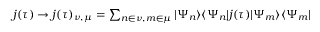
\begin{array} { r } { j ( \tau ) \rightarrow j ( \tau ) _ { \nu , \mu } = \sum _ { n \in \nu , m \in \mu } | \Psi _ { n } \rangle \langle \Psi _ { n } | j ( \tau ) | \Psi _ { m } \rangle \langle \Psi _ { m } | } \end{array}